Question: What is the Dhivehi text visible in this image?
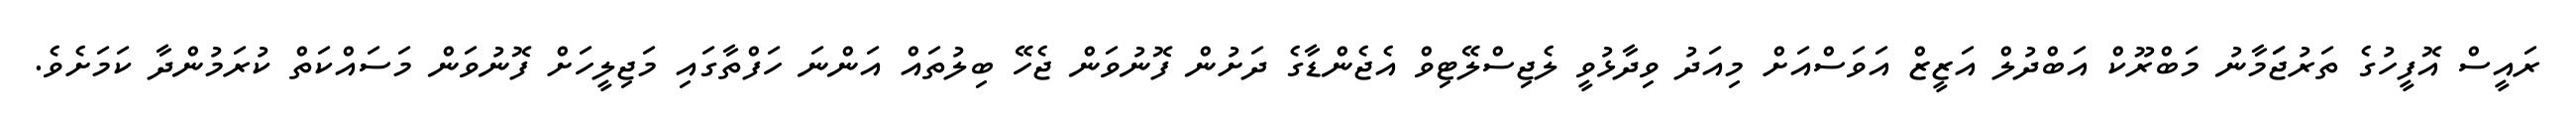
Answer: ރައީސް އޮފީހުގެ ތަރުޖަަމާނު މަބްރޫކް އަބްދުލް އަޒީޒް އަވަސްއަށް މިއަދު ވިދާޅުވީ ލެޖިސްލޭޓިވް އެޖެންޑާގެ ދަށުން ފޮނުވަން ޖެހޭ ބިލުތައް އަންނަ ހަފްތާގައި މަޖިލީހަށް ފޮނުވަން މަސައްކަތް ކުރަމުންދާ ކަމަށެވެ.